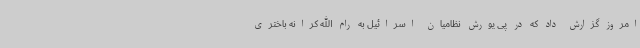
امروز گزارش داد که در پی یورش نظامیان اسرائیل به رام الله کرانه باختری